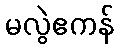
မလွဲဧကန်